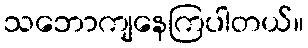
သဘောကျနေကြပါတယ်။